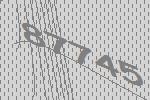
87745